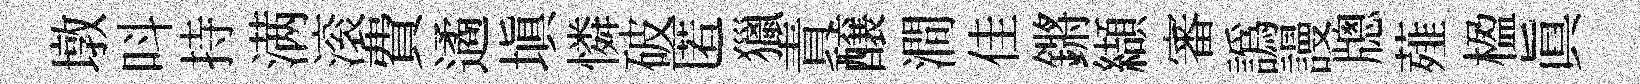
墩呌持满滚費遹填憐破匿獵責醸澗佳鏘纈審譌謾牕薤楹真